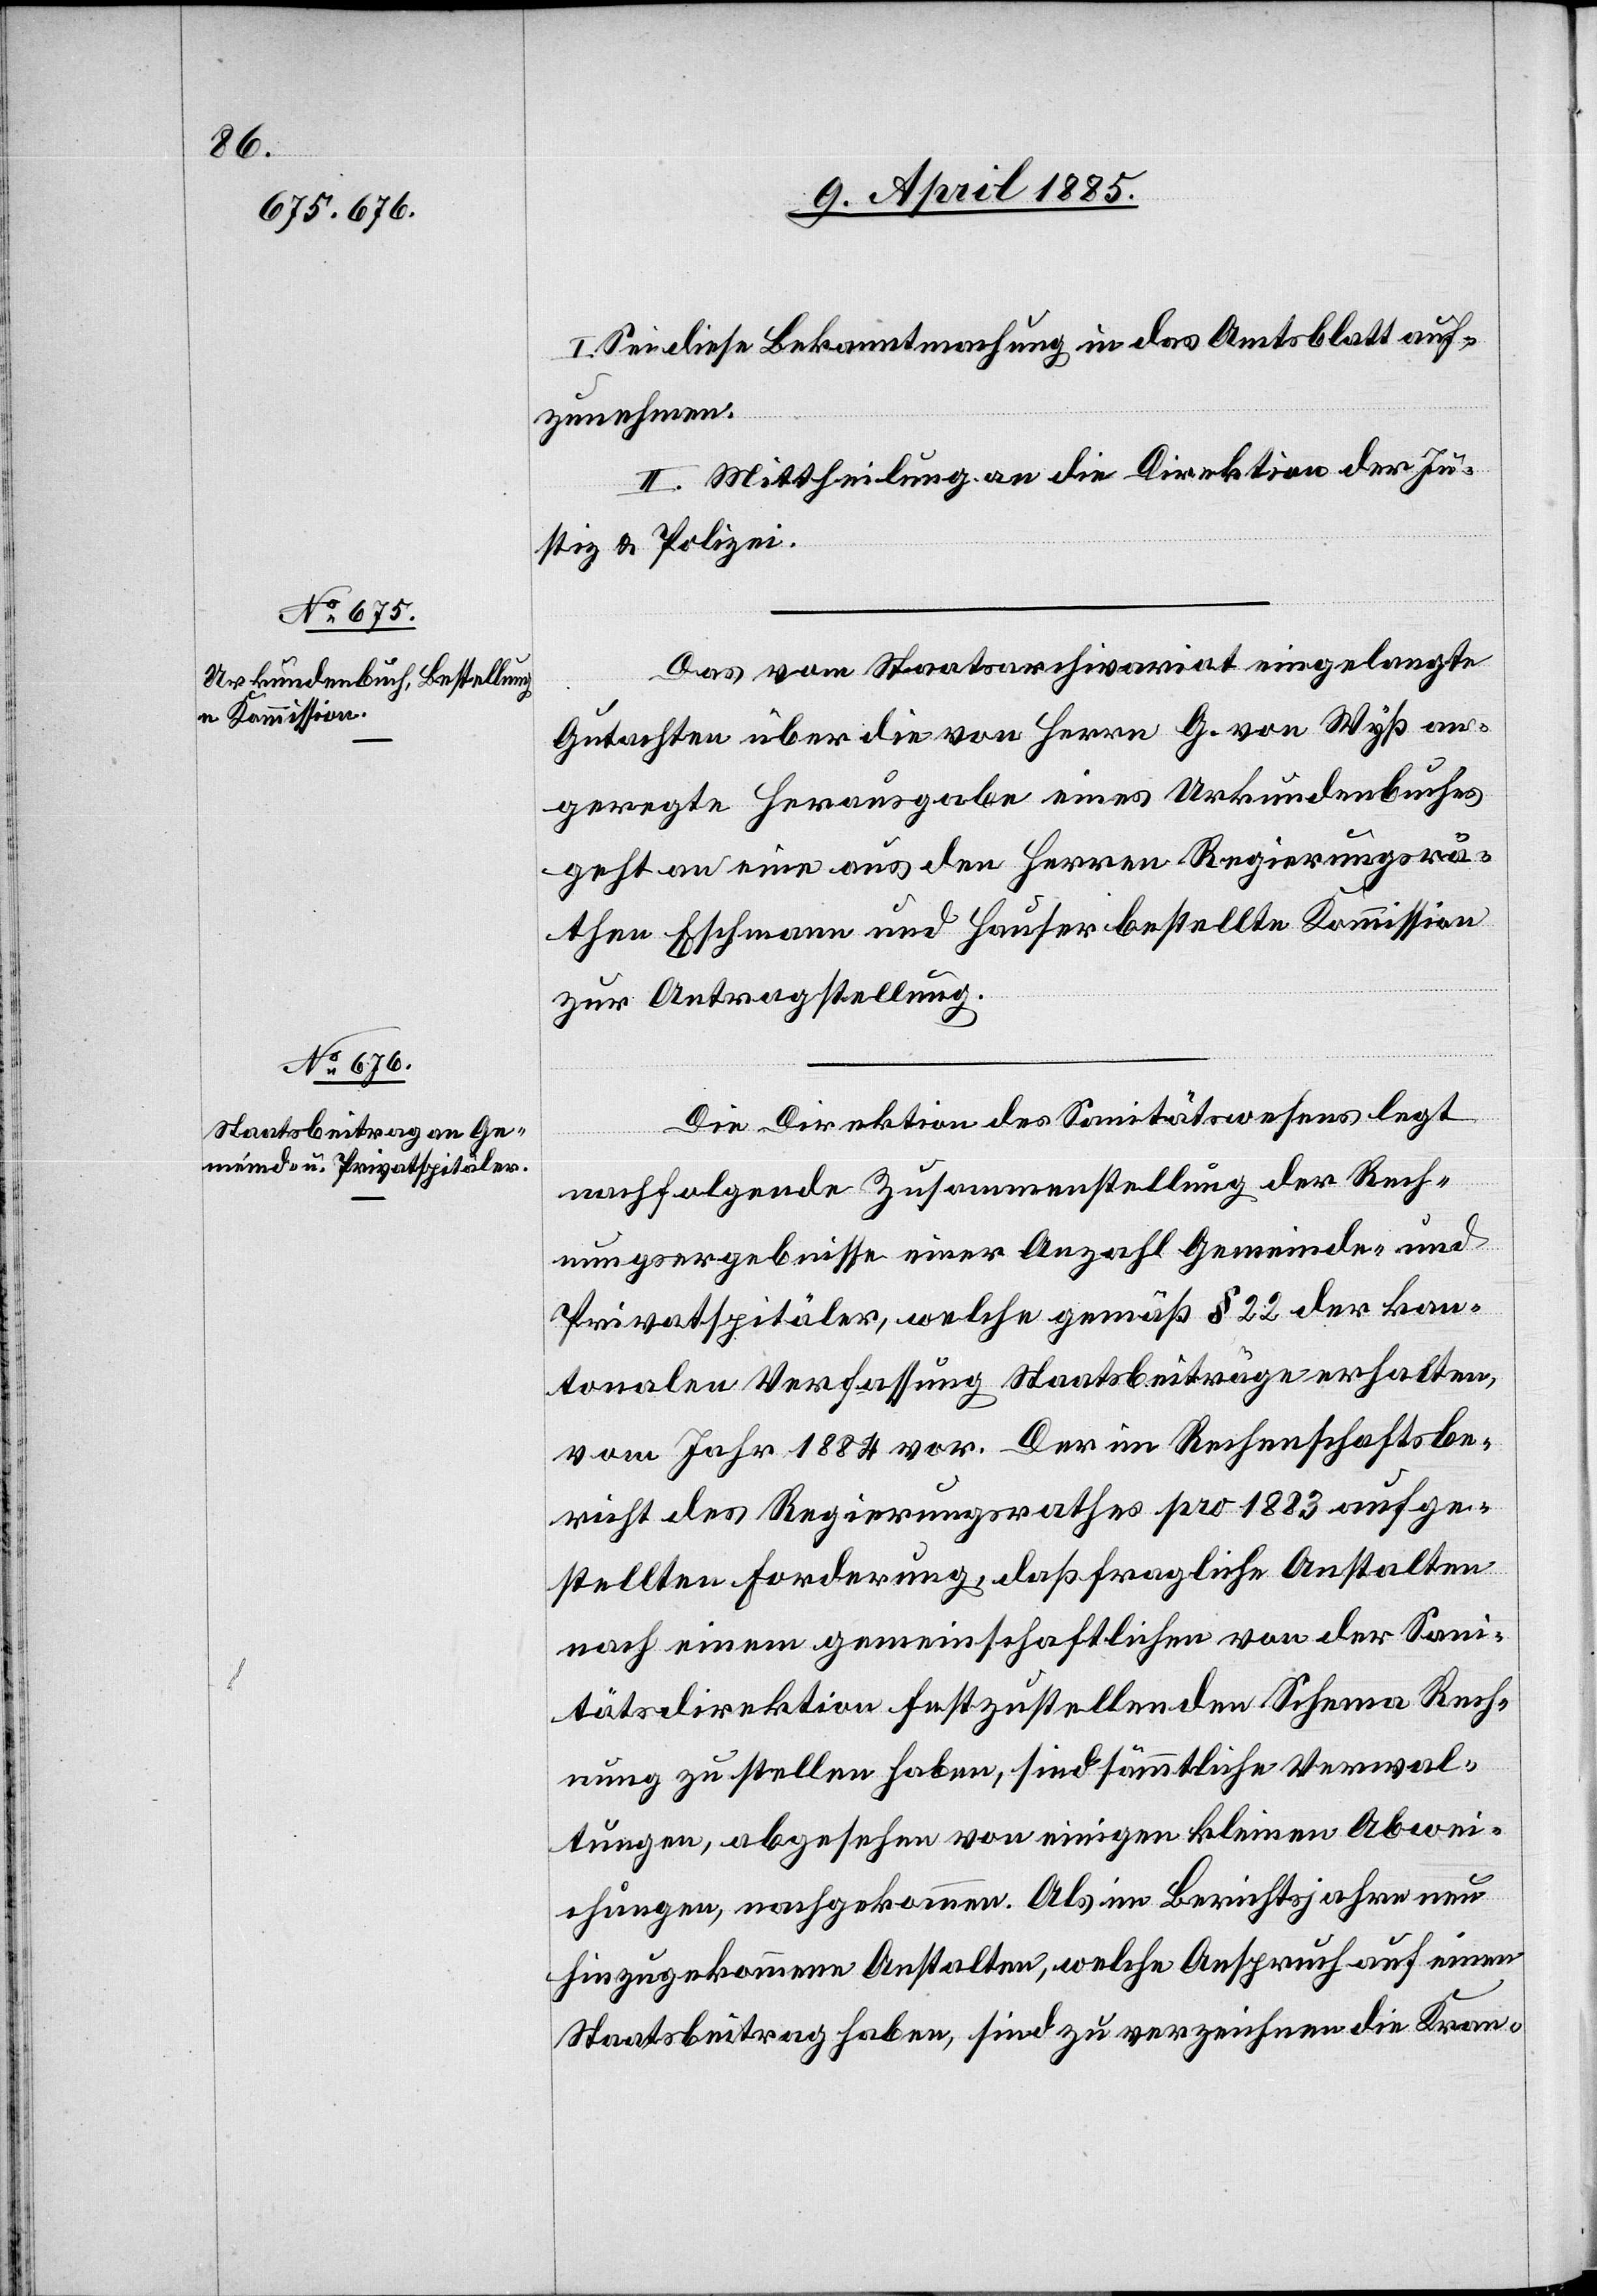
I. Sei diese Bekanntmachung in das Amtsblatt auf¬
zunehmen.
II. Mittheilung an die Direktion der Ju¬
stiz & Polizei.
Das vom Staatsarchivariat eingelegte
Gutachten über die von Herrn G. von Wyß an¬
geregte Herausgabe eines Urkundenbuches
geht an eine aus den Herren Regierungsrä¬
then Eschmann und Hauser bestellte Kommission
zur Antragstellung.
Die Direktion des Sanitätswesens legt
nachfolgende Zusammenstellung der Rech¬
nungsergebnisse einer Anzahl Gemeinde- und
Privatspitäler, welche gemäß § 22 der kan¬
tonalen Verfassung Staatsbeiträge erhalten,
vom Jahr 1884 vor. Der im Rechenschaftsbe¬
richt des Regierungsrathes pro 1883 aufge¬
stellten Forderung, daß fragliche Anstalten
nach einem gemeinschaftlichen von der Sani¬
tätsdirektion festzustellenden Schema Rech¬
nung zu stellen haben, sind sämmtliche Verwal¬
tungen, abgesehen von einigen kleinen Abwei¬
chungen, nachgekommen. Als im Berichtsjahre neu
hinzugekommene Anstalten, welche Anspruch auf einen
Staatsbeitrag haben, sind zu verzeichnen die Kran-